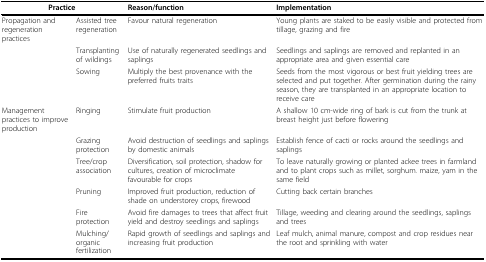
| <COLSPAN=2> Practice | Reason/function | Implementation |
 | --- | --- | --- | --- |
 | Propagation and regeneration practices | Assisted tree regeneration | Favour natural regeneration | Young plants are staked to be easily visible and protected from tillage, grazing and fire |
 |  | Transplanting of wildings | Use of naturally regenerated seedlings and saplings | Seedlings and saplings are removed and replanted in an appropriate area and given essential care |
 |  | Sowing | Multiply the best provenance with the preferred fruits traits | Seeds from the most vigorous or best fruit yielding trees are selected and put together. After germination during the rainy season, they are transplanted in an appropriate location to receive care |
 | Management practices to improve production | Ringing | Stimulate fruit production | A shallow 10 cm-wide ring of bark is cut from the trunk at breast height just before flowering |
 |  | Grazing protection | Avoid destruction of seedlings and saplings by domestic animals | Establish fence of cacti or rocks around the seedlings and saplings |
 |  | Tree/crop association | Diversification, soil protection, shadow for cultures, creation of microclimate favourable for crops | To leave naturally growing or planted ackee trees in farmland and to plant crops such as millet, sorghum. maize, yam in the same field |
 |  | Pruning | Improved fruit production, reduction of shade on understorey crops, firewood | Cutting back certain branches |
 |  | Fire protection | Avoid fire damages to trees that affect fruit yield and destroy seedlings and saplings | Tillage, weeding and clearing around the seedlings, saplings and trees |
 |  | Mulching/organic fertilization | Rapid growth of seedlings and saplings and increasing fruit production | Leaf mulch, animal manure, compost and crop residues near the root and sprinkling with water |